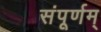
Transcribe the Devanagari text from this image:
संपूर्णम्‌